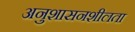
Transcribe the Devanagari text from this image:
अनुशासनशीलता